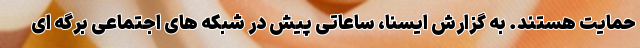
حمایت هستند. به گزارش ایسنا، ساعاتی پیش در شبکه های اجتماعی برگه ای